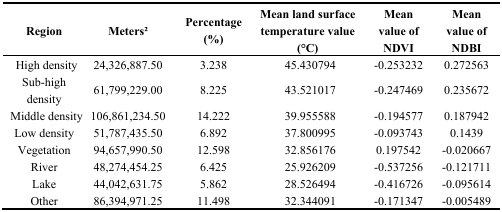
| Region | Meters2 | Percentage (%) | Mean land surface temperature value (°C) | Mean value of NDVI | Mean value of NDBI |
 | --- | --- | --- | --- | --- | --- |
 | High density | 24,326,887.50 | 3.238 | 45.430794 | -0.253232 | 0.272563 |
 | Sub-high density | 61,799,229.00 | 8.225 | 43.521017 | -0.247469 | 0.235672 |
 | Middle density | 106,861,234.50 | 14.222 | 39.955588 | -0.194577 | 0.187942 |
 | Low density | 51,787,435.50 | 6.892 | 37.800995 | -0.093743 | 0.1439 |
 | Vegetation | 94,657,990.50 | 12.598 | 32.856176 | 0.197542 | -0.020667 |
 | River | 48,274,454.25 | 6.425 | 25.926209 | -0.537256 | -0.121711 |
 | Lake | 44,042,631.75 | 5.862 | 28.526494 | -0.416726 | -0.095614 |
 | Other | 86,394,971.25 | 11.498 | 32.344091 | -0.171347 | -0.005489 |